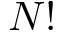
N !